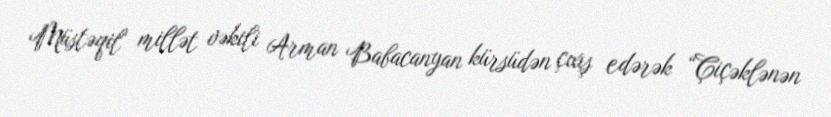
Müstəqil millət vəkili Arman Babacanyan kürsüdən çıxış edərək “Çiçəklənən